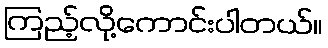
ကြည့်လို့ကောင်းပါတယ်။